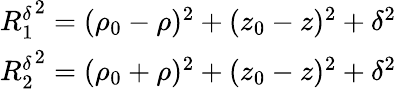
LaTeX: \begin{array}{r}{{R_{1}^{\delta}}^{2}=(\rho_{0}-\rho)^{2}+(z_{0}-z)^{2}+\delta^{2}}\\ {{R_{2}^{\delta}}^{2}=(\rho_{0}+\rho)^{2}+(z_{0}-z)^{2}+\delta^{2}}\end{array}